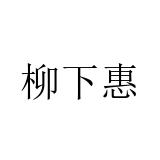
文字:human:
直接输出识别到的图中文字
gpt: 柳下惠